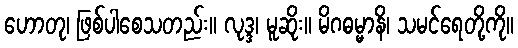
ဟောတု၊ ဖြစ်ပါစေသတည်း။ လုဒ္ဒ၊ မူဆိုး။ မိဂဓမ္မာနိ၊ သမင်ရေတို့ကို။